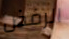
الرفض